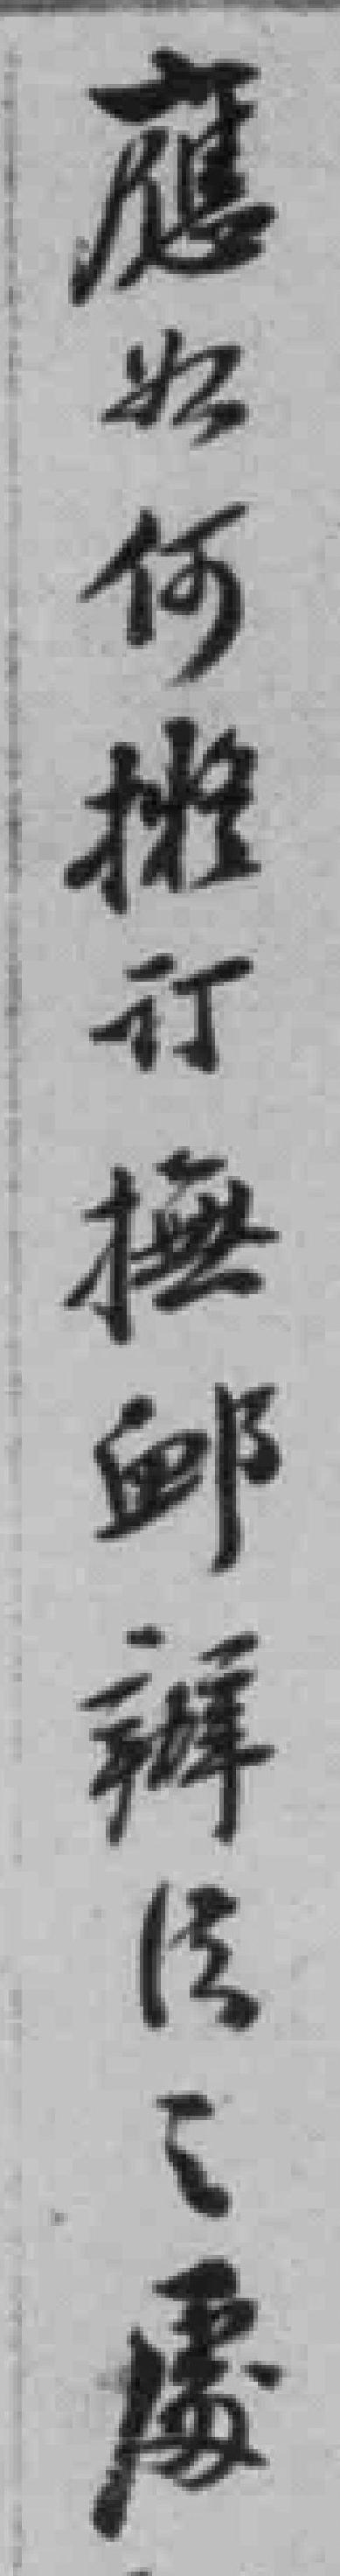
應如何擬订撫卹辦法之處